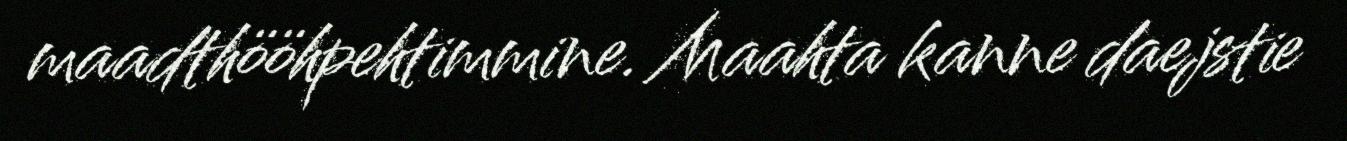
maadthööhpehtimmine. Maahta kanne daejstie